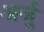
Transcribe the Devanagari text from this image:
अर्जु